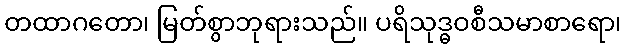
တထာဂတော၊ မြတ်စွာဘုရားသည်။ ပရိသုဒ္ဓဝစီသမာစာရော၊